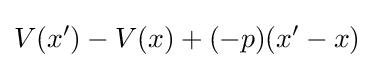
V(x')-V(x)+(-p)(x'-x)